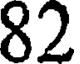
82